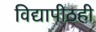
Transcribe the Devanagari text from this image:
विद्यापीठही